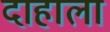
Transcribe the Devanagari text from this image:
दाहाला